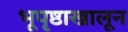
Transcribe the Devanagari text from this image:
भूपृष्ठाखालून